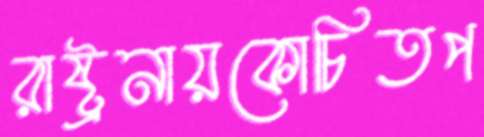
রাষ্ট্রনায়কোচিতপ